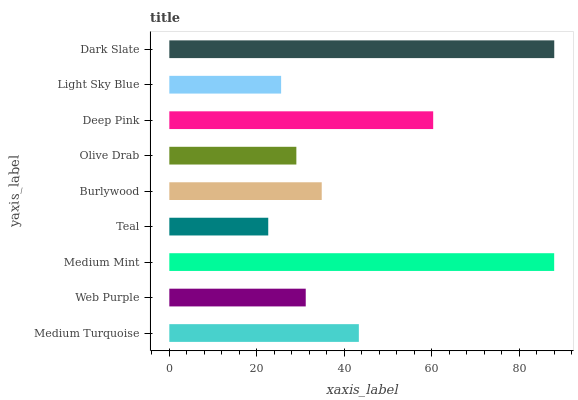
| yaxis_label | bars |
 | --- | --- |
 | Medium Turquoise | 43.3 |
 | Web Purple | 31.2 |
 | Medium Mint | 88 |
 | Teal | 22.6 |
 | Burlywood | 34.8 |
 | Olive Drab | 29 |
 | Deep Pink | 60.3 |
 | Light Sky Blue | 25.6 |
 | Dark Slate | 88 |